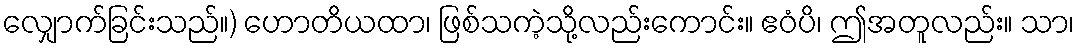
လျှောက်ခြင်းသည်။) ဟောတိယထာ၊ ဖြစ်သကဲ့သို့လည်းကောင်း။ ဧဝံပိ၊ ဤအတူလည်း။ သာ၊